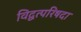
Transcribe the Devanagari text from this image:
विद्वत्परिषदा